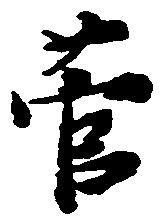
菅